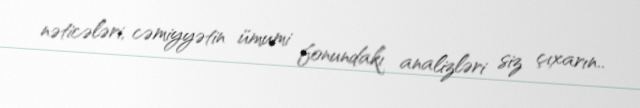
nəticələri, cəmiyyətin ümumi fonundakı analizləri siz çıxarın..